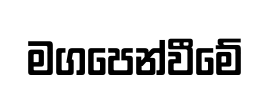
මගපෙන්වීමේ